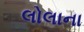
લોલાના